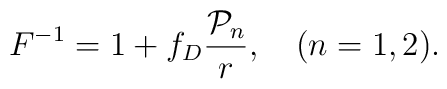
F^{-1}=1+f_D{{{\cal P}_n}\over r}, \ \ \ (n=1,2).